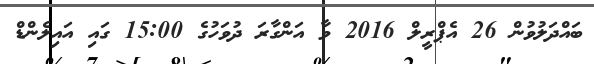
ބައްދަލުވުން 26 އެޕްރީލް 2016 ވާ އަންގާރަ ދުވަހުގެ 15:00 ގައި އައިލެންޑް